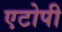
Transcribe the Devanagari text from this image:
एटोपी